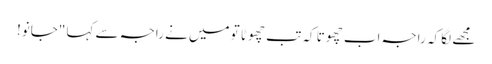
مجھے لگا کہ راجہ اب چھوتا کہ تب چھوٹا تو میں نے راجہ سے کہا "جانو!